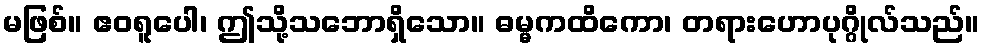
မဖြစ်။ ဧဝရူပေါ၊ ဤသို့သဘောရှိသော။ ဓမ္မကထိကော၊ တရားဟောပုဂ္ဂိုလ်သည်။